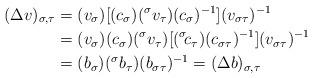
LaTeX: \begin{align*}(\Delta v)_{\sigma, \tau}&=(v_{\sigma})[(c_{\sigma}) ({}^{\sigma} v_{\tau}) (c_{\sigma})^{-1}](v_{\sigma \tau})^{-1}\\&=(v_{\sigma}) (c_{\sigma})({}^{\sigma} v_{\tau}) [({}^{\sigma}\! c_{\tau})(c_{\sigma \tau})^{-1}](v_{\sigma \tau})^{-1}\\&=(b_{\sigma})({}^{\sigma} b_{\tau})(b_{\sigma \tau})^{-1}=(\Delta b)_{\sigma, \tau} \end{align*}